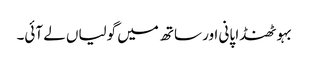
بہو ٹھنڈا پانی اور ساتھ میں گولیاں لے آئی۔